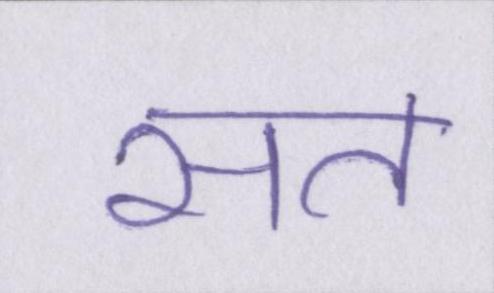
सत